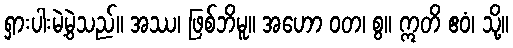
ရှားပါးမဲ့မွဲသည်။ အဿ၊ ဖြစ်ဘိမူ။ အဟော ဝတ၊ စွ။ ဣတိ ဧဝံ၊ သို့။